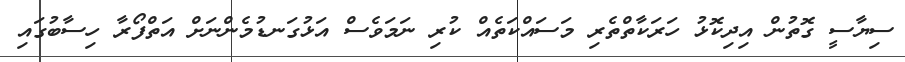
ސިޔާސީ ގޮތުން އިދިކޮޅު ހަރަކާތްތެރި މަސައްކަތެެއް ކުރި ނަމަވެސް އަޅުގަނޑުމެންނަށް އަތްފޯރާ ހިސާބުގައި